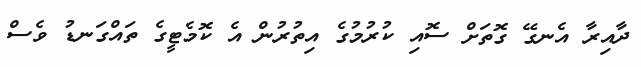
ދާއިރާ އެނގޭ ގޮތަށް ސޮއި ކުރުމުގެ އިތުރުން އެ ކޮމެޓީގެ ތައްގަނޑު ވެސް